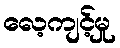
လေ့ကျင့်မှု